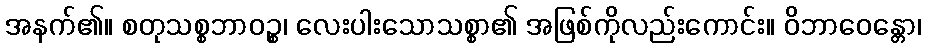
အနက်၏။ စတုသစ္စဘာဝဉ္စ၊ လေးပါးသောသစ္စာ၏ အဖြစ်ကိုလည်းကောင်း။ ဝိဘာဝေန္တော၊